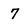
Character: 7